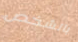
بالشخص